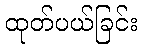
ထုတ်ပယ်ခြင်း